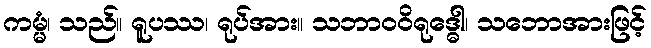
ကမ္မံ၊ သည်။ ရူပဿ၊ ရုပ်အား။ သဘာဝဝိရုဒ္ဓေါ၊ သဘောအားဖြင့်